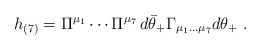
\begin{align*}h_{(7)}= \Pi^{\mu_1}\cdots \Pi^{\mu_7}\, d\bar\theta_+\Gamma_{\mu_1\dots\mu_7}d\theta_+\ .\end{align*}